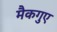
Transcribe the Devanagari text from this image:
मैकगुए